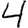
Digit: 4